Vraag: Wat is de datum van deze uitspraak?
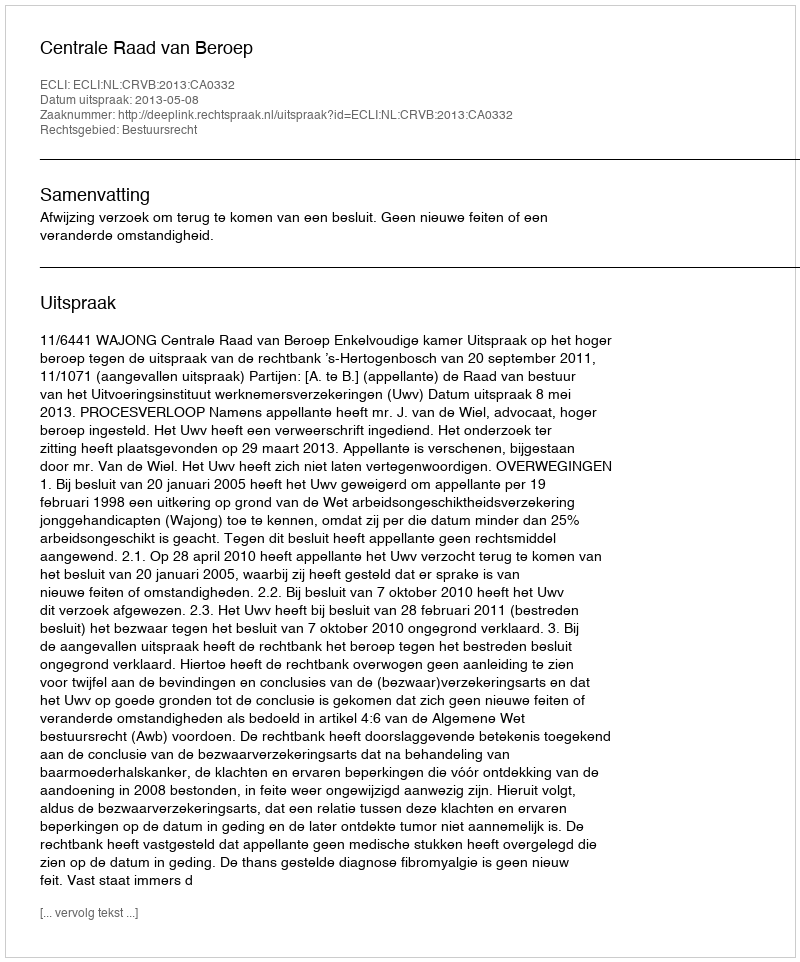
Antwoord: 2013-05-08